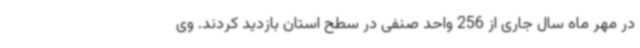
در مهر ماه سال جاری از 256 واحد صنفی در سطح استان بازدید کردند. وی